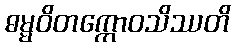
ဓမ္မဝိတက္ကောဝသိဿတိ